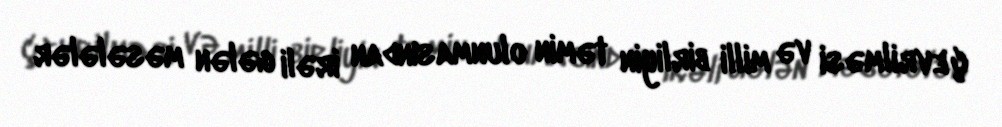
çevrilməsi və milli birliyin təmin olunmasından irəli gələn məsələlər